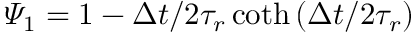
{ { \varPsi } _ { 1 } } = 1 - { \Delta t } / { 2 { { \tau } _ { r } } \coth \left( { \Delta t } / { 2 { { \tau } _ { r } } } \right) }